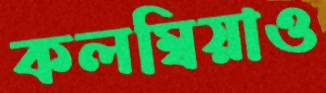
কলম্বিয়াও